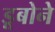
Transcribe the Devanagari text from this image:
डूबोने